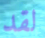
لقد